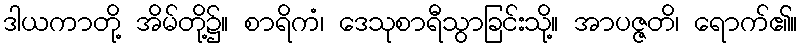
ဒါယကာတို့ အိမ်တို့၌။ စာရိကံ၊ ဒေသုစာရီသွာခြင်းသို့။ အာပဇ္ဇတိ၊ ရောက်၏။